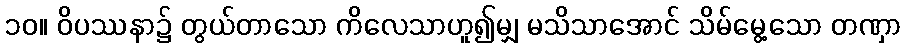
၁၀။ ဝိပဿနာ၌ တွယ်တာသော ကိလေသာဟူ၍မျှ မသိသာအောင် သိမ်မွေ့သော တဏှာ